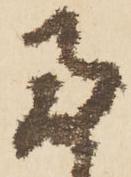
両